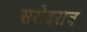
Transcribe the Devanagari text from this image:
सरोवराच